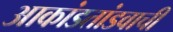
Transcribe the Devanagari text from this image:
आकांडतांडवाची